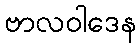
ဗာလဝါဒေန